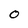
Character: O